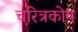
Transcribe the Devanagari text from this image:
चरित्रकोष